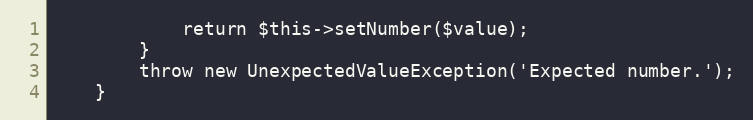
Language: PHP
            return $this->setNumber($value);
        }
        throw new UnexpectedValueException('Expected number.');
    }